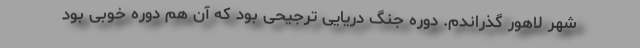
شهر لاهور گذراندم. دوره جنگ دریایی ترجیحی بود که آن هم دوره خوبی بود